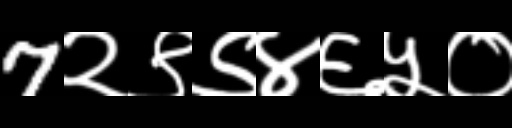
Text: 7२९९४६५०